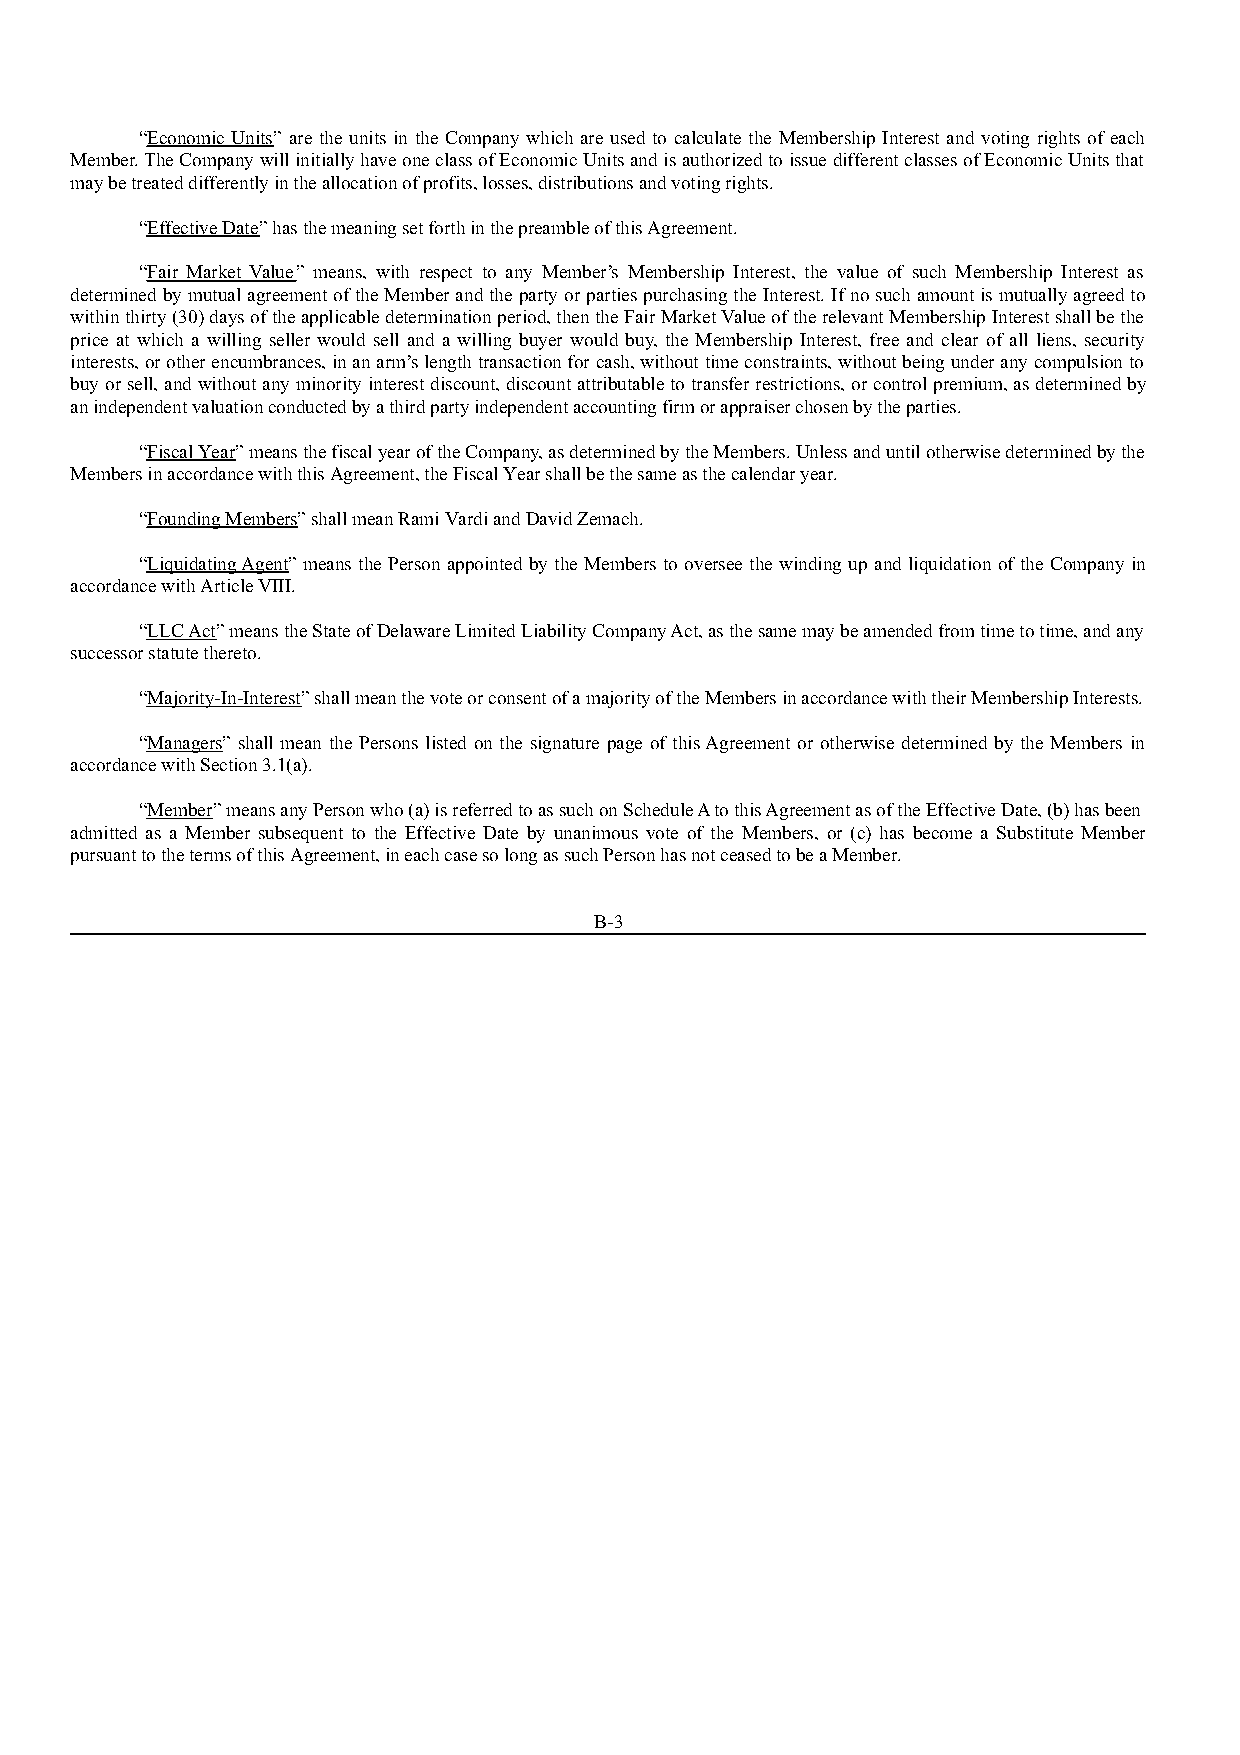
“Economic Units” are the units in the Company which are used to calculate the Membership Interest and voting rights of each
 Member. The Company will initially have one class of Economic Units and is authorized to issue different classes of Economic Units that
 may be treated differently in the allocation of profits, losses, distributions and voting rights.
 “Effective Date” has the meaning set forth in the preamble of this Agreement.
 “Fair Market Value” means, with respect to any Member’s Membership Interest, the value of such Membership Interest as
 determined by mutual agreement of the Member and the party or parties purchasing the Interest. If no such amount is mutually agreed to
 within thirty (30) days of the applicable determination period, then the Fair Market Value of the relevant Membership Interest shall be the
 price at which a willing seller would sell and a willing buyer would buy, the Membership Interest, free and clear of all liens, security
 interests, or other encumbrances, in an arm’s length transaction for cash, without time constraints, without being under any compulsion to
 buy or sell, and without any minority interest discount, discount attributable to transfer restrictions, or control premium, as determined by
 an independent valuation conducted by a third party independent accounting firm or appraiser chosen by the parties.
 “Fiscal Year” means the fiscal year of the Company, as determined by the Members. Unless and until otherwise determined by the
 Members in accordance with this Agreement, the Fiscal Year shall be the same as the calendar year.
 “Founding Members” shall mean Rami Vardi and David Zemach.
 “Liquidating Agent” means the Person appointed by the Members to oversee the winding up and liquidation of the Company in
 accordance with Article VIII.
 “LLC Act” means the State of Delaware Limited Liability Company Act, as the same may be amended from time to time, and any
 successor statute thereto.
 “Majority-In-Interest” shall mean the vote or consent of a majority of the Members in accordance with their Membership Interests.
 “Managers” shall mean the Persons listed on the signature page of this Agreement or otherwise determined by the Members in
 accordance with Section 3.1(a).
 “Member” means any Person who (a) is referred to as such on Schedule A to this Agreement as of the Effective Date, (b) has been
 admitted as a Member subsequent to the Effective Date by unanimous vote of the Members, or (c) has become a Substitute Member
 pursuant to the terms of this Agreement, in each case so long as such Person has not ceased to be a Member.
 B-3